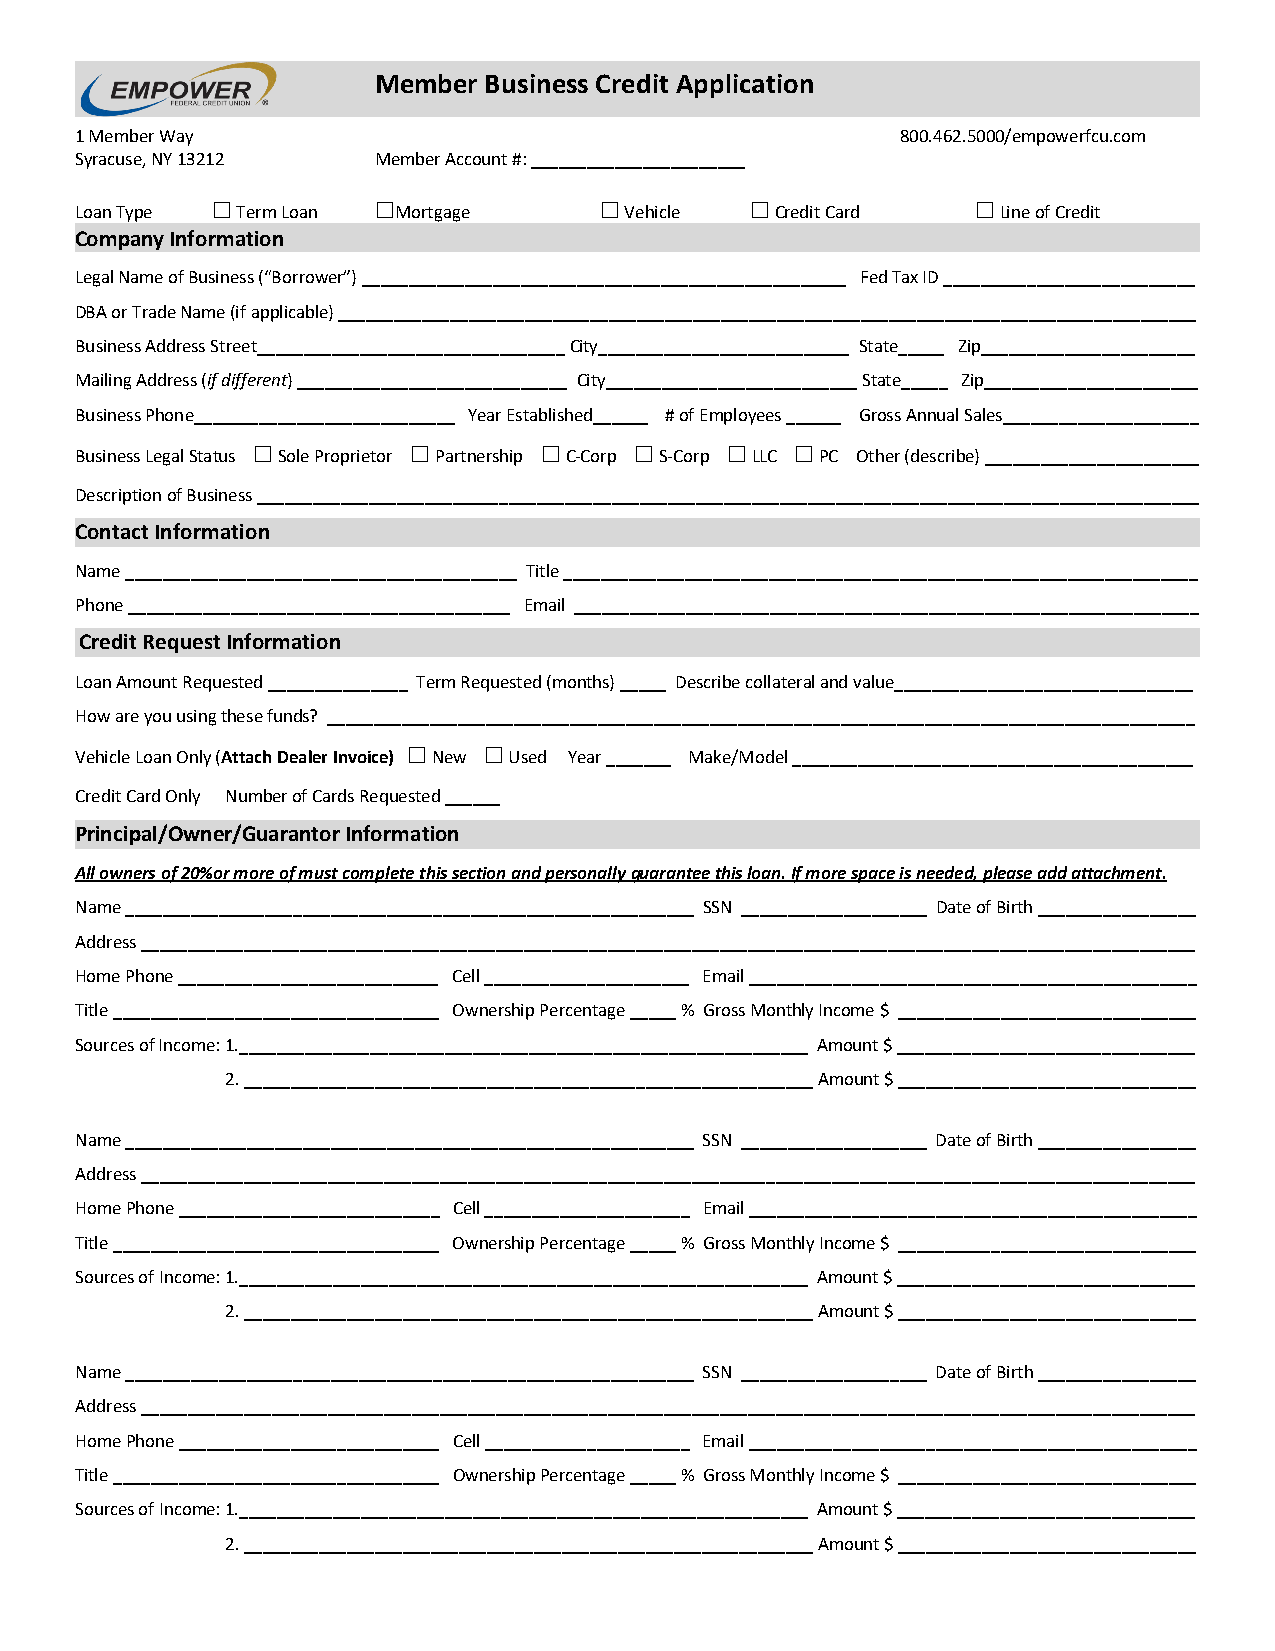
Member Business Credit Application
 1 Member Way                                           800.462.5000/empowerfcu.com
 Syracuse, NY 13212  Member Account #: _______________________
 Loan Type  Term Loan Mortgage       Vehicle   Credit Card    Line of Credit
 ☐          ☐              ☐         ☐              ☐
 Company Information
 Legal Name of Business (“Borrower”) ____________________________________________________ Fed Tax ID ___________________________
 DBA or Trade Name (if applicable) ____________________________________________________________________________________________
 Business Address Street_________________________________ City___________________________ State_____ Zip_______________________
 Mailing Address (if different) _____________________________ City___________________________ State_____ Zip_______________________
 Business Phone____________________________ Year Established______ # of Employees ______ Gross Annual Sales_____________________
 Business Legal Status Sole Proprietor Partnership C-Corp S-Corp LLC PC Other (describe) _______________________
 ☐         ☐        ☐     ☐     ☐    ☐
 Description of Business _____________________________________________________________________________________________________
 Contact Information
 Name __________________________________________ Title ____________________________________________________________________
 Phone _________________________________________ Email ___________________________________________________________________
 Credit Request Information
 Loan Amount Requested _______________ Term Requested (months) _____ Describe collateral and value________________________________
 How are you using these funds? _____________________________________________________________________________________________
 Vehicle Loan Only (Attach Dealer Invoice) New Used Year _______ Make/Model ___________________________________________
 ☐    ☐
 Credit Card Only Number of Cards Requested ______
 Principal/Owner/Guarantor Information
 All owners of 20%or more of must complete this section and personally guarantee this loan. If more space is needed, please add attachment.
 Name _____________________________________________________________ SSN ____________________ Date of Birth _________________
 Address _________________________________________________________________________________________________________________
 Home Phone ____________________________ Cell ______________________ Email ________________________________________________
 Title ___________________________________ Ownership Percentage _____ % Gross Monthly Income $ ________________________________
 Sources of Income: 1._____________________________________________________________ Amount $ ________________________________
 2._____________________________________________________________ Amount $ ________________________________
 Name _____________________________________________________________ SSN ____________________ Date of Birth _________________
 Address _________________________________________________________________________________________________________________
 Home Phone ____________________________ Cell ______________________ Email ________________________________________________
 Title ___________________________________ Ownership Percentage _____ % Gross Monthly Income $ ________________________________
 Sources of Income: 1._____________________________________________________________ Amount $ ________________________________
 2._____________________________________________________________ Amount $ ________________________________
 Name _____________________________________________________________ SSN ____________________ Date of Birth _________________
 Address _________________________________________________________________________________________________________________
 Home Phone ____________________________ Cell ______________________ Email ________________________________________________
 Title ___________________________________ Ownership Percentage _____ % Gross Monthly Income $ ________________________________
 Sources of Income: 1._____________________________________________________________ Amount $ ________________________________
 2._____________________________________________________________ Amount $ ________________________________